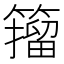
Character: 籀